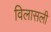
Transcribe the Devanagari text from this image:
विलासली